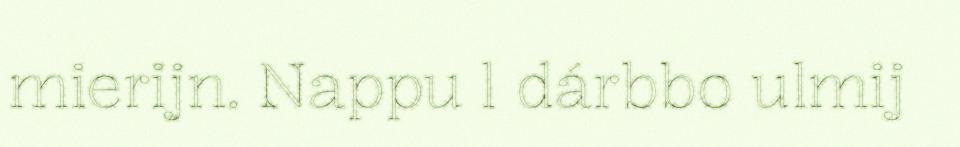
mierijn. Nappu l dárbbo ulmij